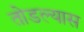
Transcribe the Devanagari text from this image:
तोडल्यास